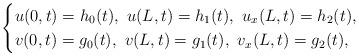
LaTeX: \begin{align*}\begin{cases}u(0,t)=h_0(t),\,\,u(L,t)=h_1(t),\,\,u_{x}(L,t)=h_2(t),\\v(0,t)=g_0(t),\,\,v(L,t)=g_1(t),\,\,v_{x}(L,t)=g_2(t),\end{cases}\end{align*}